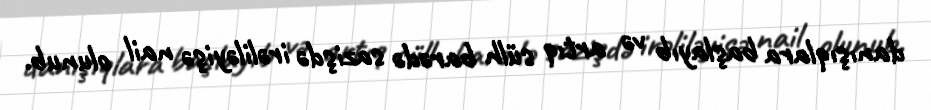
danışıqlara başlayıb və artıq sülh barədə sazişdə irəliləyişə nail olunub.